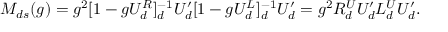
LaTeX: M _ { d s } ( g ) = g ^ { 2 } [ 1 - g U _ { d } ^ { R } ] _ { d } ^ { - 1 } U _ { d } ^ { \prime } [ 1 - g U _ { d } ^ { L } ] _ { d } ^ { - 1 } U _ { d } ^ { \prime } = g ^ { 2 } R _ { d } ^ { U } U _ { d } ^ { \prime } L _ { d } ^ { U } U _ { d } ^ { \prime } .